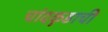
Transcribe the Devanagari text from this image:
चांदकुडाची